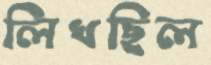
লিখছিল